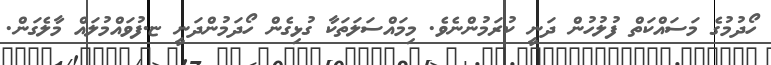
ހޯދުމުގެ މަސައްކަތް ފުލުހުން ދަނީ ކުރަމުންނެވެ. މިމައްސަލަތަކާ ގުޅިގެން ހޯދަމުންދަނީ ޏ.ފުވައްމުލައް މާލެގަން.